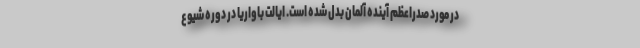
در مورد صدراعظم آینده آلمان بدل شده است. ایالت باواریا در دوره شیوع